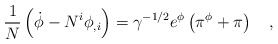
\begin{align*}\frac{1}{N} \left( \dot{\phi}-N^{i}\phi_{,i} \right) =\gamma^{-1/2}e^{\phi} \left( \pi^{\phi}+\pi \right) ~~~,\end{align*}